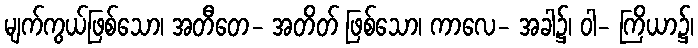
မျက်ကွယ်ဖြစ်သော၊ အတီတေ- အတိတ် ဖြစ်သော၊ ကာလေ- အခါ၌၊ ဝါ- ကြိယာ၌၊